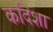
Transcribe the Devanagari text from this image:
कदिशा